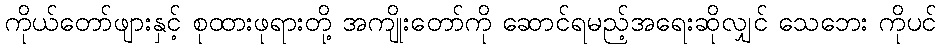
ကိုယ်တော်ဖျားနှင့် စုထားဖုရားတို့ အကျိုးတော်ကို ဆောင်ရမည့်အရေးဆိုလျှင် သေဘေး ကိုပင်